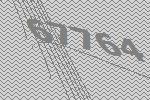
67764